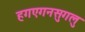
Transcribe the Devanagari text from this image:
हगएगनसुगलु